Scottish Certificate of Education, 1963
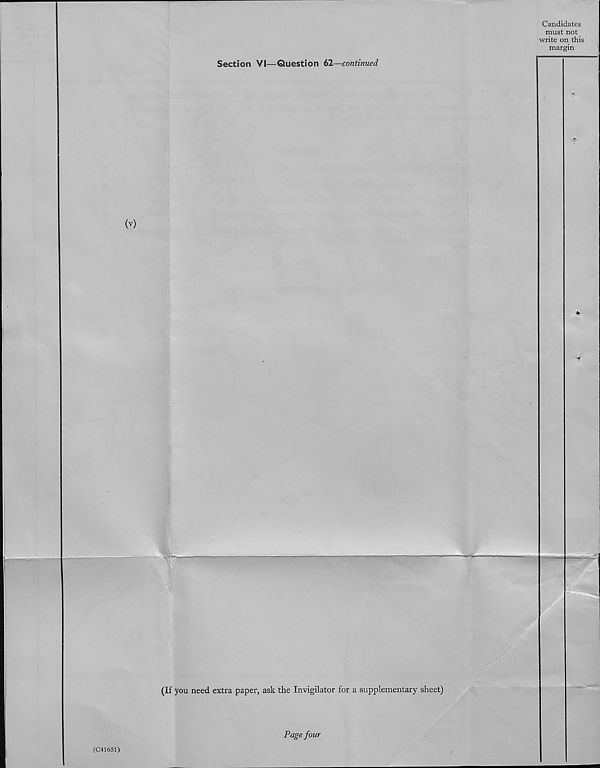
—
—
Section VI—Question 62—continued
Candidates
must not
write on this
margin
*
(C41651)